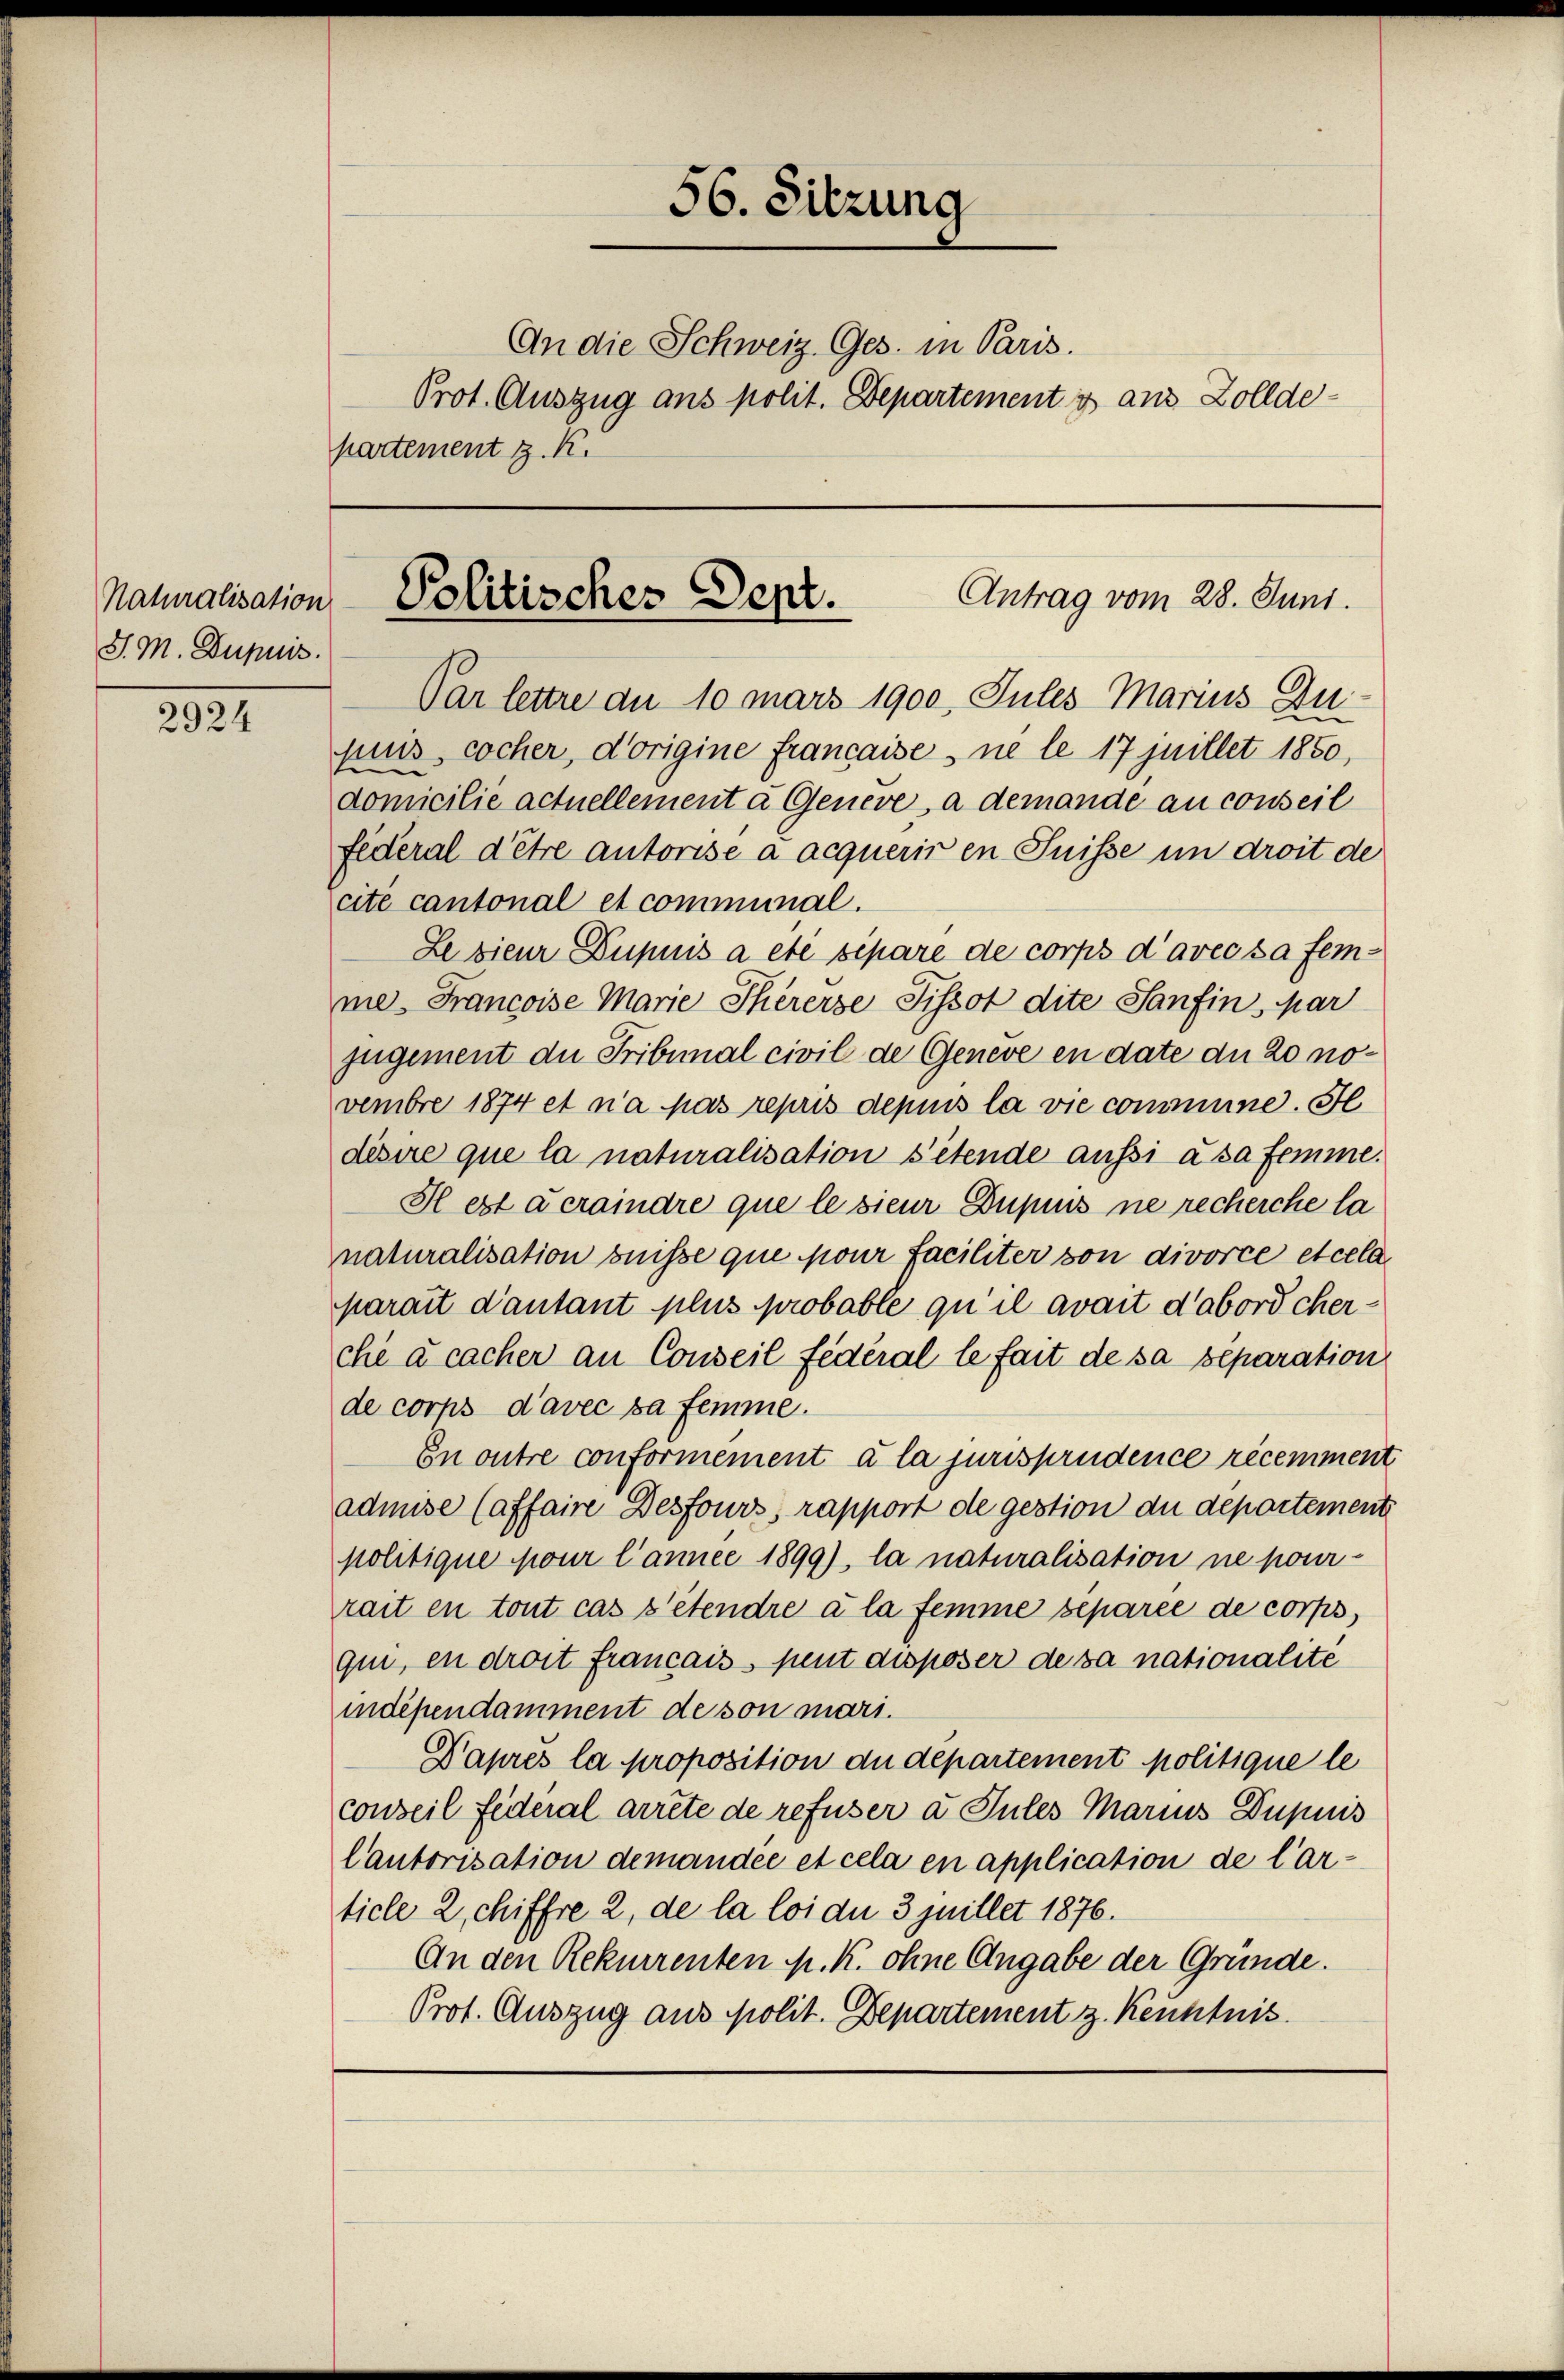
Naturalisation
S. M. Dupuis.

2924

An die Schweiz. Ges. in Paris.
Prot. Auszug ans polit. Departement y aus Zolldepartement z. K.

56. Sitzung

Politisches Sept.
Antrag vom 28. Juni.

Par lettre an 10 mars 1900, Sules Marius Zu-
puis, cocher, dorigine Francaise ne le 17 juillet 1850,
domicilie actuellement a Geneve, a demande au conseil
Federal d’être autorise a acquérir en Suisse in droit de
cite cantonal et communal.
Le sieur Dupnis a été separe de corps d’avec sa femme. Francoise Marie Thererse Pissot dite Sanfin, par
jugement du Tribunal civil de Geneve en date du 20 novembre 1874 et n’a pas repris depuis la vie commune. Fe
disire que la naturalisation s’étende aussi à sa femme.
Il est à craindre que le sieur Dupuis ne recherche la
naturalisation suisse que pour faciliter von divorce et cela
parait d’autant plus probable qu’il avait d’abord cherche a cacher an Conseil fédéral le fait de sa separation
de corps d’avec sa femme.
En outre conformement à la jurisprudence récemment
admise (affaire Desfours, rapport de gestion du departement
politique pour l’année 1899), la naturalisation ne pour-
rait en tout cas s’étendre à la femme séparée de corps,
qun, en droit francais peut disposer de sa nationalite
indépendamment de son mari.
Daprès la proposition du departement politique le
conseil Federal arrête de refuser a Sules Marius Dupuis
Cautorisation demandée et cela en application de Car-
ticle 2, chiffre 2, de la loi du 3 juillet 1876.
An den Rekurrenten pr. K. ohne Angabe der Gründe.
Prot. Auszug aus polit. Departement z. Kenntnis